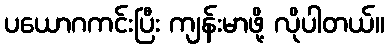
ပယောဂကင်းပြီး ကျန်းမာဖို့ လိုပါတယ်။